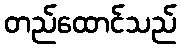
တည်ထောင်သည်